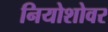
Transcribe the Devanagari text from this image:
नियोशोवर